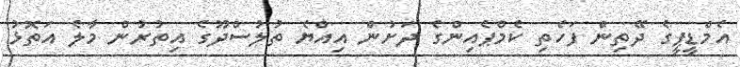
އެމްޑީޕީގެ ދޭތިން ފަހެތި ކެމްޕެއިންގެ ދަށުން އިއްޔެ ތުލުސްދޫގެ އިތުރުން މާލެ އަތޮޅު